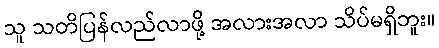
သူ သတိပြန်လည်လာဖို့ အလားအလာ သိပ်မရှိဘူး။